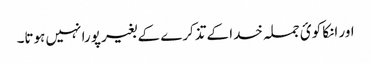
اور انکا کوئ جملہ خدا کے تذکرے کے بغیر پورا نہیں ہوتا۔